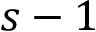
s - 1